Vaccination North-Western Provinces and Oudh 1896-1901 - 1896-1901
Year: 1896
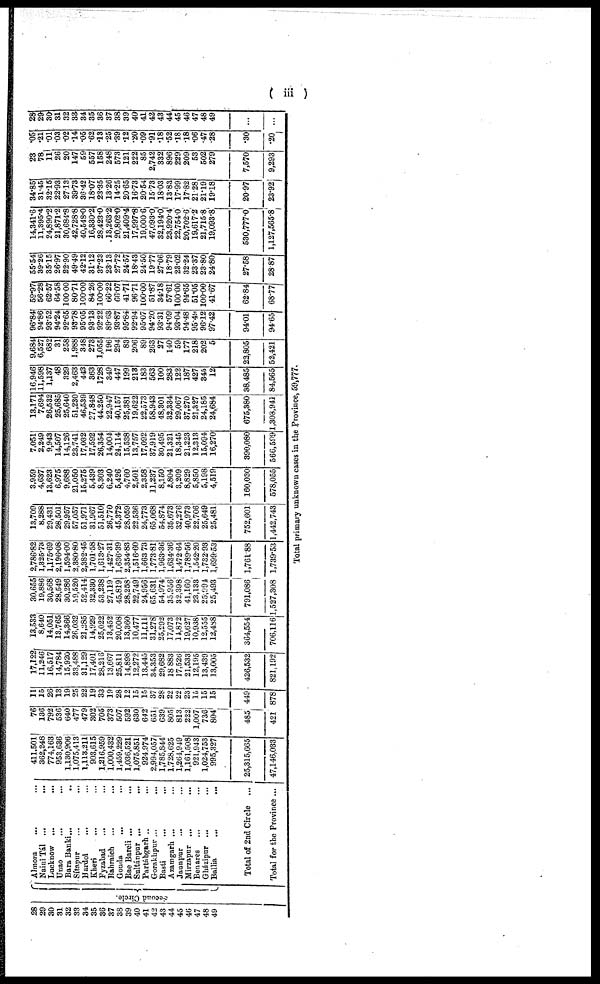
( iii )
28
29
30
31
32
33
34
35
36
37
38
39
40
41
42
43
44
45
46
47
48
49
Second Circle.
Almora ... ...
Naini Tál ... ...
Lucknow
...
...
Unao ... ...
Bara Banki
...
...
Sítapur
...
...
Hardoi ... ...
Kheri ... ...
Fyzabad ... ...
Babraich ... ...
Gonda ... ...
Rae Bareli ... ...
Sultánpur ... ...
Partábgarh ... ...
Gorakhpur
...
...
Basti ... ...
Azamgarh ... ...
Jaunpur ... ...
Mirzapur
...
...
Benares ... ...
Gházipur ... ...
Ballia ... ...
Total of 2nd Circle
...
Total for the Province ...
411,501
362,248
774,163
953,636
1,130,906
1,075,413
1,113,211
903,615
1,216,959
1,000,432
1,459,229
1,036,521
1,075,851
924,974
2,994,057
1,785,844
1,728,625
1,264,949
1,161,508
921,943
1,024,753
995,327
25,315,665
47,146,033
76
136
792
536
640
477
479
302
705
373
507
592
630
642
651
639
805
813,
222
1,007
736
804
485
421
11
15
26
13
19
25
22
19
33
19
28
12
15
15
37
28
22
22
23
15
15
15
449
878
17,122
11,246
16,517
14,784
15,920
33,488
31,129
17,401
28,216
13,667
25,811
14,898
12,272
13,445
34,353
29,682
18 883
17,526
21,533
12,195
13,439
13,005
426,532
821,192
13,533
8,640
14,051
13,765
14,366
26,032
21,285
14,929
25,022
13,452
20,008
13,360
10,477
11,511
31,278
25,292
17,073
14,872
19,627
10,938
12,555
12,488
364,554
706,116
30,655
19,886
30,568
28,549
30,286
59,520
52,414
32,330
53,238
27,119
45,819
28,258
22,749
24,956
65,631
54,974
35,956
32,398
41,160
23,133
25,994
25,493
791,086
1,527,308
2,786.82
1,325.73
1,175.69
2,196.08
1,594.00
2,380.80
2,382.45
1,701.58
1,613.27
1,427.31
1,636.39
2,354.83
1,516.60
1,663.73
1,773.81
1,963.36
1,634.36
1,472.64
1,789.56
1,542.20
1,732.93
1,699.53
1,761.88
1,739.53
13,709
8,288
29,431
28,501
29,957
57,057
51,971
31,967
51,510
26,770
45,372
28,059
22,536
24,773
65,068
54,874
35,673
32,276
40,973
22,706
25,649
25,481
752,601
1,442,743
3,959
4,637
13,623
6,975
9,688
21,050
15,275
5,439
8,303
6,240
5,426
4,760
2,501
2,358
11,237
8,150
2,804
3,209
8,829
5,850
5,198
4,519
160,030
578,055
7,051
2,249
9,943
14,507
14,126
23,741
17,032
17,592
26,354
14,004
24,114
15,538
13,757
17,092
37,919
30,495
21,321
18,345
21,223
12,313
15,094
16,270
390,080
566,599
13,171
7,694
26,532
25,685
25,640
51,230
46,539
27,848
44,250
22,947
40,157
25,381
19,622
22,573
58,943
48,301
32,334
29,067
37,270
21,327
24,185
24,684
675,380
1,308,941
16,946
11,598
1,137
48
329
2,463
443
363
1728
349
447
199
213
183
563
100
283
122
187
427
345
12
38,485
84,565
9,684
6,527
682
31
258
1,988
348
273
1,055
196
294
83
206
89
263
27
140
59
177
218
202
5
22,805
52,421
96.84
94.86
93.52
94.24
92.65
93.78
95.05
93.13
92.22
89.63
93.87
95.84
92.94
95.07
94.20
93.31
94.09
93.04
94.48
95.49
96.12
97.42
94.01
94.65
59.97
56.28
62.57
64.58
100.00
80.71
100.00
84.26
100.00
66.22
66.07
41.71
96.71
100.00
51.87
34.18
57.61
100.00
94.65
51.05
100.00
41.67
62.84
68.77
55.54
39.26
35.15
26.97
22.90
49.49
42.12
31.12
37.23
23.13
27.72
24.57
18.43
24.50
19.77
27.06
18.79
23.02
32.24
23.37
23.80
24.80
27.58
28.87
14,341.6
11,395.4
24,890.2
21,871.2
30,684.8
42,728.8
40,548.0
16,330.2
28,423.0
13,263.2
20,802.0
21,409.4
17,997.8
19,000.6
47,093.0
32,194.0
23,920.4
22,754.0
20,702.6
19,617.2
21,715.8
19,093.8
530,777.0
1,127,565.8
34.85
31.45
32.15
22.93
27.13
39.73
36.42
18.07
23.35
13.26
14.25
20.65
16.73
20.54
15.73
18.03
13.83
17.99
17.82
21.28
21.19
19.18
20.97
23.92
23
78
11
26
20
147
59
557
158
248
573
121
222
85
2,742
332
896
229
209
53
502
279
7,570
9,293
.05
.21
.01
.03
.02
.14
.05
.62
.13
.25
.39
.12
.20
.09
.91
.18
.52
.18
.18
.06
.47
.28
.30
.20
28
29
30
31
32
33
34
35
36
37
38
39
40
41
42
43
44
45
46
47
48
49
...
...
Total primary unknown cases in the Province, 59,777.